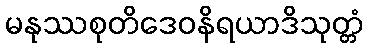
မနုဿစုတိဒေဝနိရယာဒိသုတ္တံ